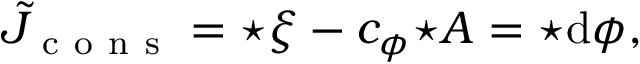
\tilde { J } _ { \mathrm { ~ c ~ o ~ n ~ s ~ } } = \star \xi - c _ { \phi } { \star A } = \star \mathrm { d } \phi ,